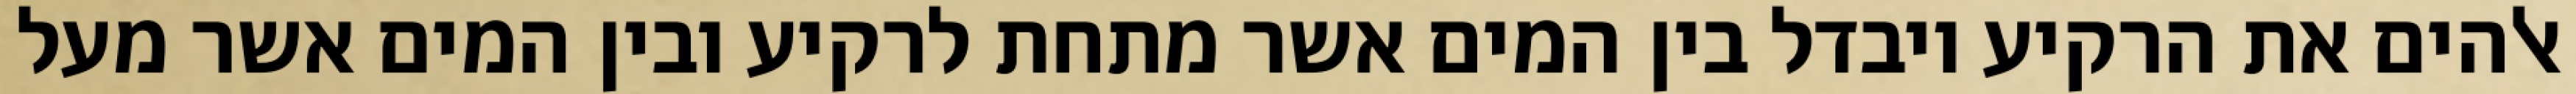
אלהים את הרקיע ויבדל בין המים אשר מתחת לרקיע ובין המים אשר מעל